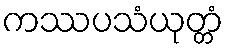
ကဿပသံယုတ္တံ